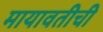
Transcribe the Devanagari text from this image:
मायावतीची